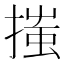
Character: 𢱟